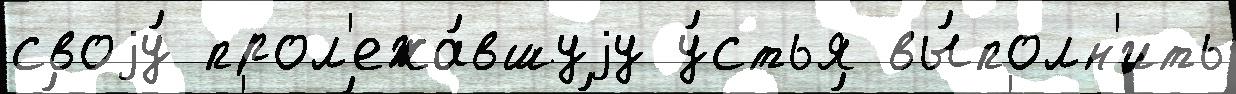
своjу́ прол'ежа́вшуjу у́стья вы́полн'ить